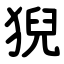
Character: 猊